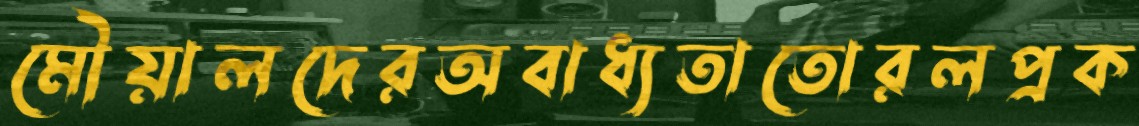
মৌয়ালদেরঅবাধ্যতাতোরলপ্রক